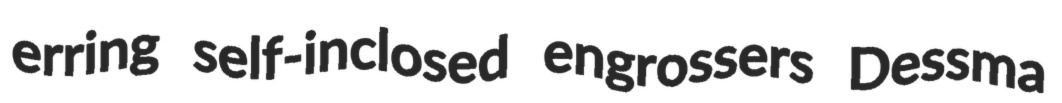
erring self-inclosed engrossers Dessma